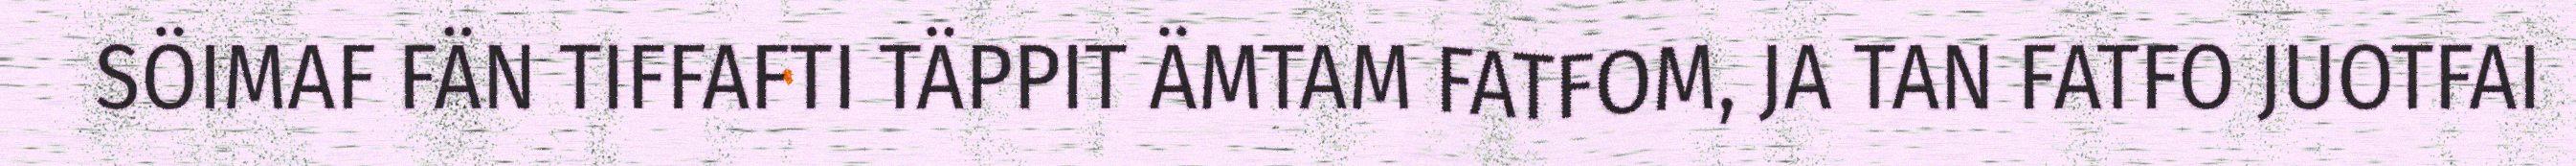
SÖIMAF FÄN TIFFAFTI TÄPPIT ÄMTAM FATFOM, JA TAN FATFO JUOTFAI